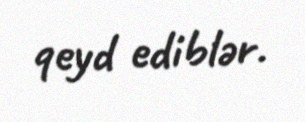
qeyd ediblər.